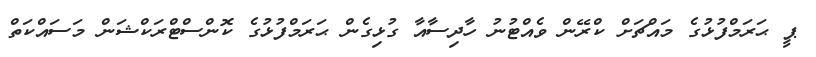
ޕީ ޙަރަމްފުޅުގެ މައްޗަށް ކްރޭން ވެއްޓުނު ހާދިސާއާ ގުޅިގެން ޙަރަމްފުޅުގެ ކޮންސްޓްރަކްޝަން މަސައްކަތް